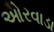
ઓરવાડા